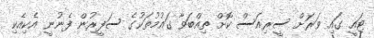
ޓައީ ގައި ވަރަށް ސީރިއަސް ކޮށް ތިއްބަވާ ގައުމުތަކުގެ ސަފީރުން ފެނުނީ އެކިއެކި